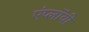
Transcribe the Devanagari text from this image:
एंप्लॉयी